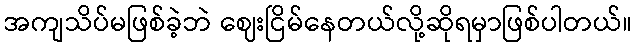
အကျသိပ်မဖြစ်ခဲ့ဘဲ ဈေးငြိမ်နေတယ်လို့ဆိုရမှာဖြစ်ပါတယ်။